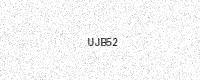
Text: UJB52